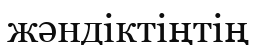
жәндіктіңтің